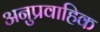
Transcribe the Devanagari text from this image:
अनुप्रवाहिक